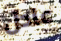
عادل